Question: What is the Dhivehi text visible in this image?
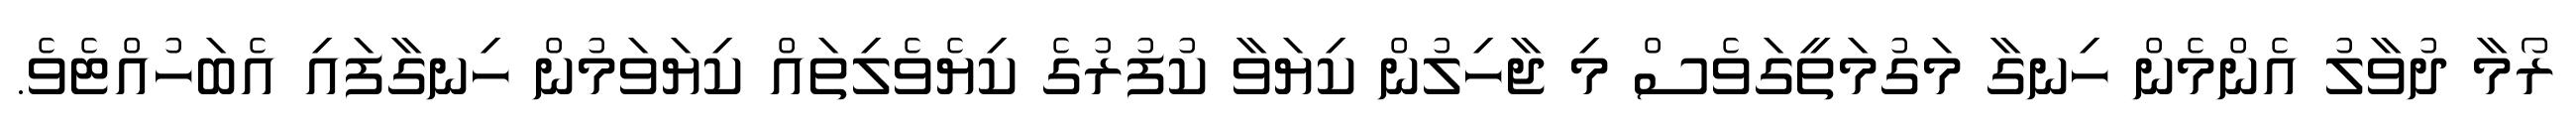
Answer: ރޯމާ ދުވާލު އެންމެން ހިނގާ މަގުމަތީގަވެސް މި ޖާހިލުން ކިޔަވާ ކުފުރުގެ ކިޔެވެލިތައް ކިޔަވަމުން ހިނގާފައި އެބަހުއްޓެވެ.